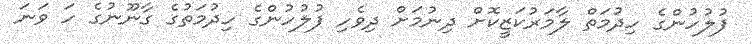
ފުލުހުންގެ ހިދުމަތް ލާމަރުކަޒީކޮށް ދިނުމަށް ދިވެހި ފުލުހުންގެ ހިދުމަތުގެ ގާނޫނުގެ ހަ ވަނަ